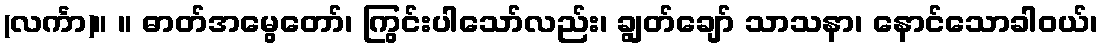
(လင်္ကာ)။ ။ ဓာတ်အမွေတော်၊ ကြွင်းပါသော်လည်း၊ ချွတ်ချော် သာသနာ၊ နောင်သောခါဝယ်၊